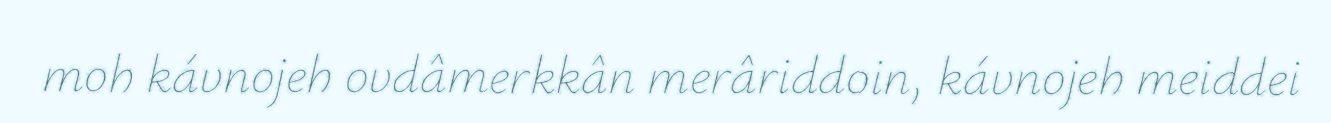
moh kávnojeh ovdâmerkkân merâriddoin, kávnojeh meiddei